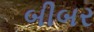
બીબર